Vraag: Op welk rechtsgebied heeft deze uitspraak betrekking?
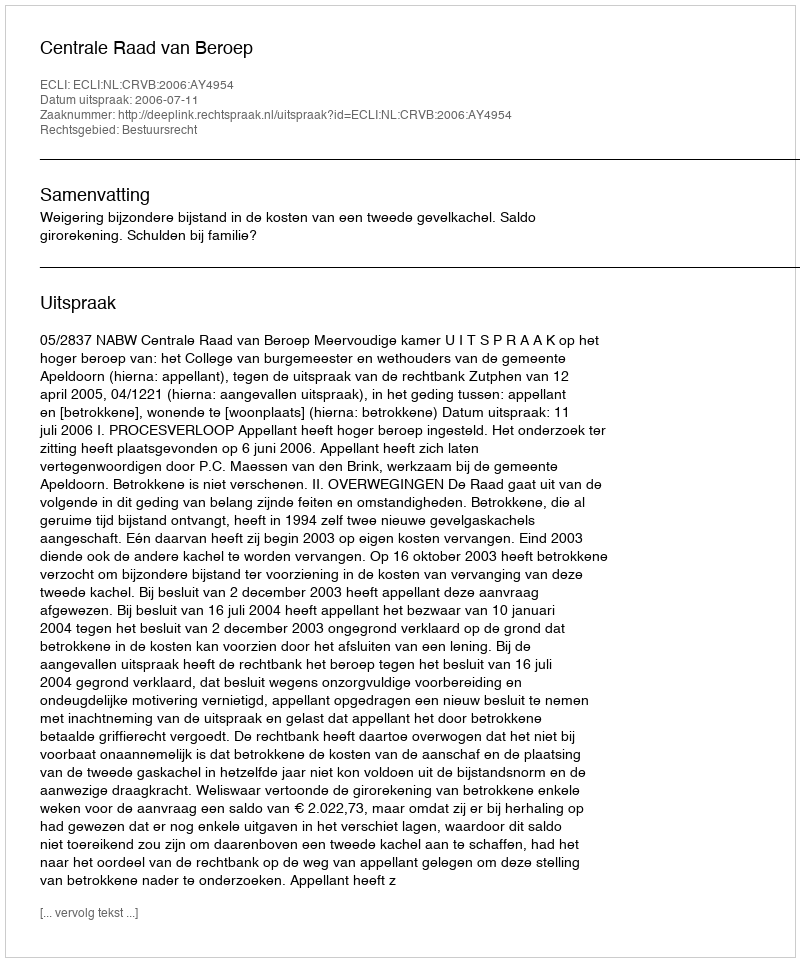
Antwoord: Bestuursrecht